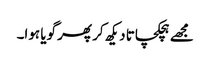
مجھے ہچکچاتا دیکھ کر پھر گویا ہوا۔